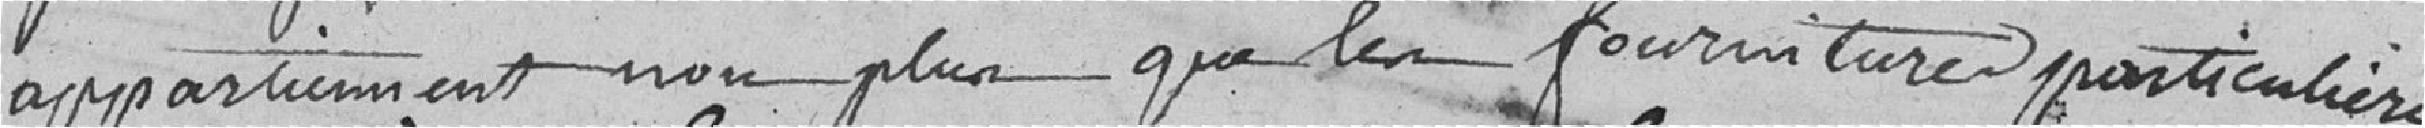
appartiennent non plus que les fournitures particuliers